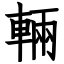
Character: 輛